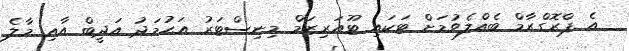
އެ ޕްރޮގްރާމް ބެއްލެވުމަށް ޓަކައި ޓޫއަރިޒަމް މިނިސްޓަރު އަޙުމަދު އަދީބް އާއި މާލެ